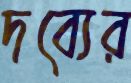
দব্যের